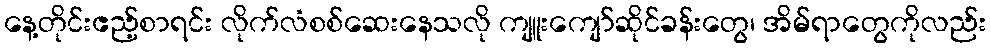
နေ့တိုင်းဧည့်စာရင်း လိုက်လံစစ်ဆေးနေသလို ကျူးကျော်ဆိုင်ခန်းတွေ၊ အိမ်ရာတွေကိုလည်း